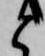
と